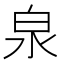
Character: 泉